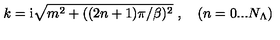
k = \mathrm { i } \sqrt { m ^ { 2 } + ( ( 2 n + 1 ) \pi / \beta ) ^ { 2 } } \ , \quad ( n = 0 . . . N _ { \Lambda } )